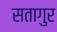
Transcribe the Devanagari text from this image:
सतागुर